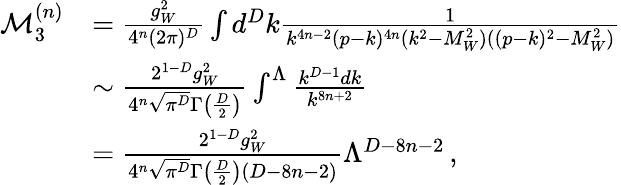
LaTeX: \begin{array}{rl}{\mathcal{M}_{3}^{(n)}}&{=\frac{g_{W}^{2}}{4^{n}(2\pi)^{D}}\int d^{D}k\frac{1}{k^{4n-2}(p-k)^{4n}(k^{2}-M_{W}^{2})((p-k)^{2}-M_{W}^{2})}}\\ &{\sim\frac{2^{1-D}g_{W}^{2}}{4^{n}\sqrt{\pi^{D}}\Gamma\big(\frac{D}{2}\big)}\int^{\Lambda}\frac{k^{D-1}dk}{k^{8n+2}}}\\ &{=\frac{2^{1-D}g_{W}^{2}}{4^{n}\sqrt{\pi^{D}}\Gamma\big(\frac{D}{2}\big)(D-8n-2)}\Lambda^{D-8n-2}\, ,}\end{array}